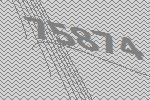
75874